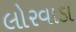
લોરવાડા